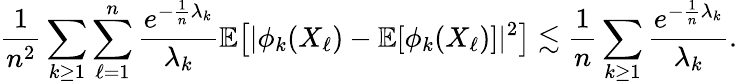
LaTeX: \frac 1{n^{2}}\sum_{k\ge 1}\sum_{\ell=1}^{n}\frac{e^{-\frac 1n\lambda_{k}}}{\lambda_{k}}\mathbb{E}\big[|\phi_{k}(X_{\ell})-\mathbb{E}[\phi_{k}(X_{\ell})]|^{2}\big]\lesssim\frac 1n\sum_{k\ge 1}\frac{e^{-\frac 1n\lambda_{k}}}{\lambda_{k}}.